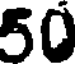
50